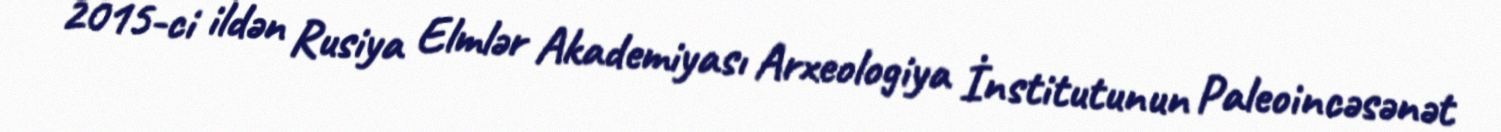
2015-ci ildən Rusiya Elmlər Akademiyası Arxeologiya İnstitutunun Paleoincəsənət